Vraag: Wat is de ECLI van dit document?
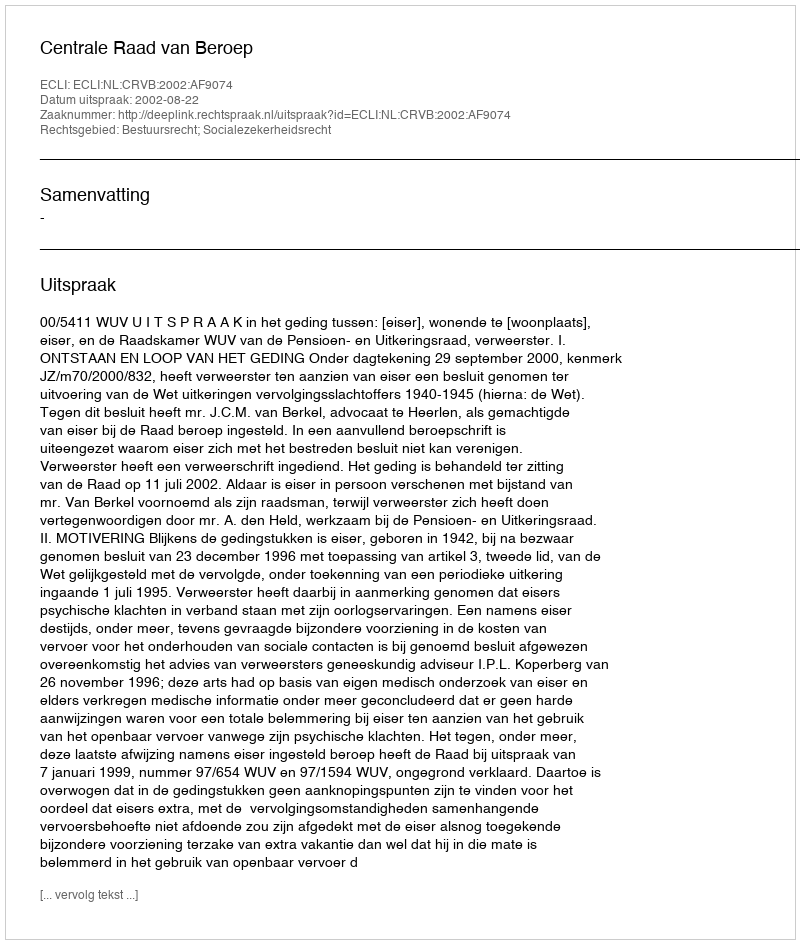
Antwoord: ECLI:NL:CRVB:2002:AF9074